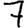
Digit: 7